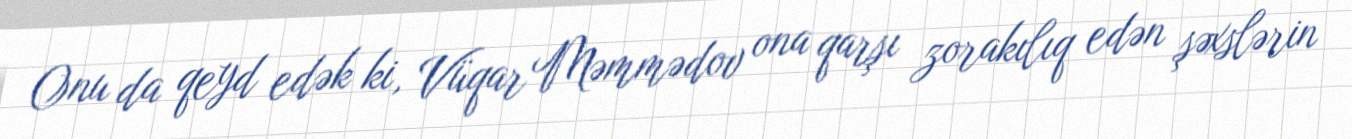
Onu da qeyd edək ki, Vüqar Məmmədov ona qarşı zorakılıq edən şəxslərin